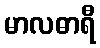
မာလဓာရီ